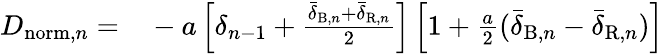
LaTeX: \begin{array}{rl}{D_{\mathrm{norm},n}=}&{{}-a\left[\delta_{n-1}+\frac{\bar{\delta}_{\mathrm{B},n}+\bar{\delta}_{\mathrm{R},n}}{2}\right]\left[1+\frac{a}{2}(\bar{\delta}_{\mathrm{B},n}-\bar{\delta}_{\mathrm{R},n})\right]}\end{array}